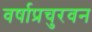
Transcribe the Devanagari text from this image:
वर्षाप्रचुरवन